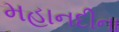
મહાનદીના